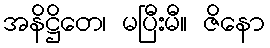
အနိဋ္ဌိတေ၊ မပြီးမီ။ ဇိနော